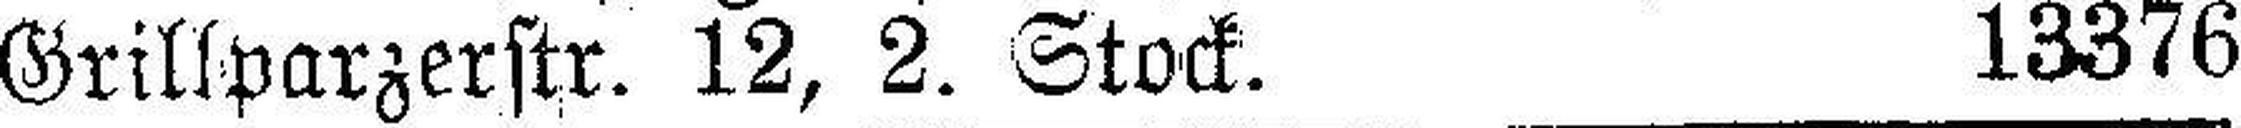
Grillparzerstr. 12, 2. Stock. 13376